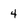
Character: 4